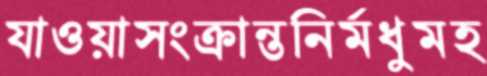
যাওয়াসংক্রান্তনির্মধুমহ